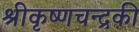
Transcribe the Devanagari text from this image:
श्रीकृष्णचन्द्रकी